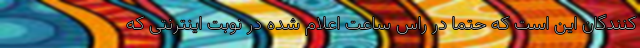
کنندگان این است که حتما در راس ساعت اعلام شده در نوبت اینترنتی که